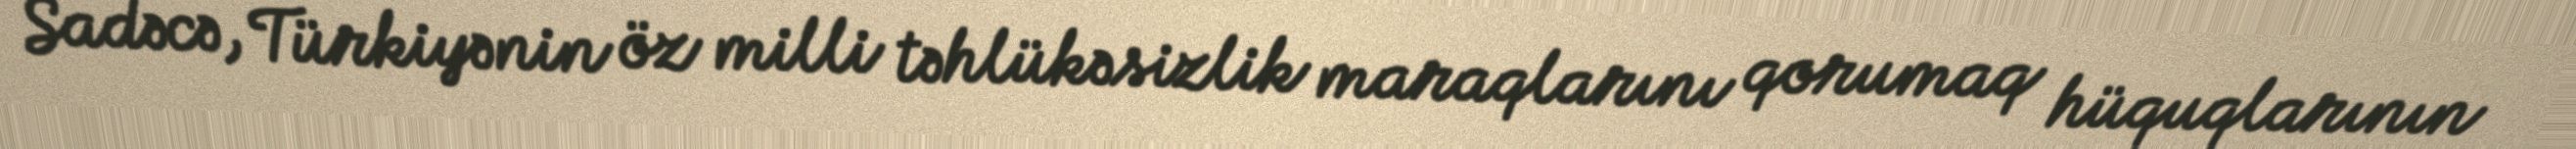
Sadəcə, Türkiyənin öz milli təhlükəsizlik maraqlarını qorumaq hüquqlarının